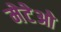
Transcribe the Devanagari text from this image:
मेटेओ